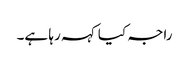
راجہ کیا کہہ رہا ہے۔